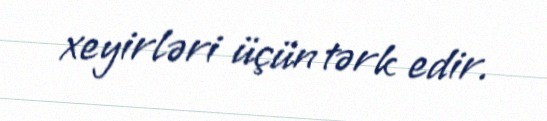
xeyirləri üçün tərk edir.